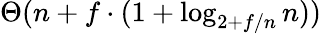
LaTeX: \Theta(n+f\cdot(1+\log_{2+f/n}n))